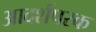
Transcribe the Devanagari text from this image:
आदर्शपरक